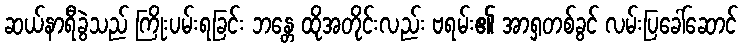
ဆယ်နာရီခွဲသည် ကြိုးပမ်းရခြင်း ဘန္တေ ထိုအတိုင်းလည်း ဗရမ်း၏ အာရှတစ်ခွင် လမ်းပြခေါ်ဆောင်